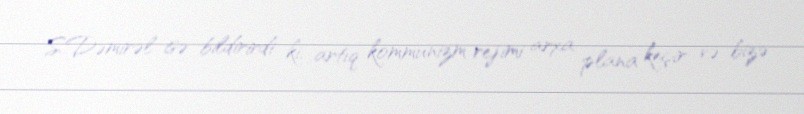
S.Dəmirəl isə bildirirdi ki, artıq kommunizm rejimi arxa plana keçir və bizə